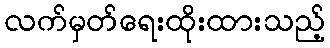
လက်မှတ်ရေးထိုးထားသည့်